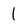
Character: 1